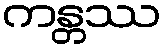
ကန္တဿ